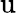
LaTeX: \mathrm{u}